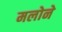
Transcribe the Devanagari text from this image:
मलोने